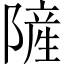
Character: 隡